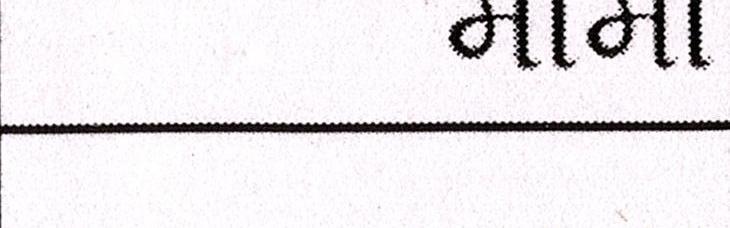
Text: મામા